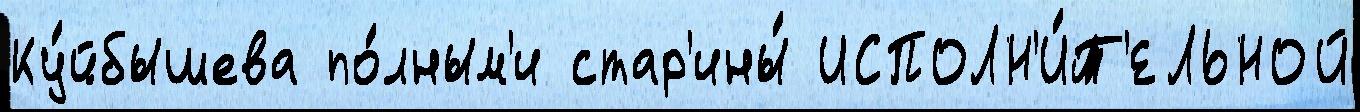
Ку́йбышева по́лным'и стар'ины́ ИСПОЛН'И́Т'ЕЛЬНОЙ